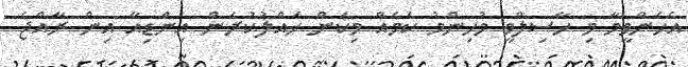
އެހެންވީމާ މި ހާސިލްވީ މުހިންމު ކަމެއް މިކަން ހައްލުކުރަން އިންޑިއާ އިން ރާއްޖެ